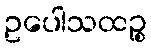
ဥပေါသထဉ္စ